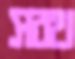
সরথ